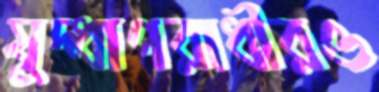
যুদ্ধাপরাধীরও